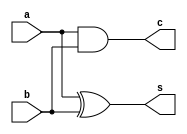
`timescale 1ns / 1ps
//////////////////////////////////////////////////////////////////////////////////
// Company: 
// Engineer: 
// 
// Design Name: 
// Module Name:    half_adder 
// Project Name: 
// Target Devices: 
// Tool versions: 
// Description: 
//
// Dependencies: 
//
// Revision: 
// Revision 0.01 - File Created
// Additional Comments: 
//
//////////////////////////////////////////////////////////////////////////////////
module half_adder(
    input a,
	 input b,
	 output c,
	 output s
	 );
	assign c = a&b;
	xor x1(s,a,b);

endmodule